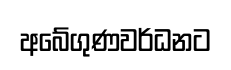
අබේගුණවර්ධනට